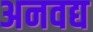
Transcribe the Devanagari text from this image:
अनवद्य